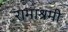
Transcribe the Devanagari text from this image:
रामाश्रमी